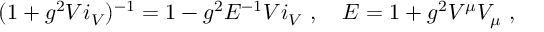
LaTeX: ( 1 + g ^ { 2 } V i _ { V } ) ^ { - 1 } = 1 - g ^ { 2 } E ^ { - 1 } V i _ { V } \ , \quad E = 1 + g ^ { 2 } V ^ { \mu } V _ { \mu } \ ,